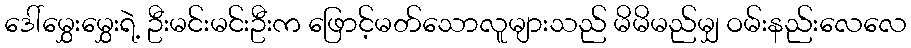
ဒေါ်မွှေးမွှေးရဲ့ ဦးမင်းမင်းဦးက ဖြောင့်မတ်သောလူများသည် မိမိမည်မျှ ဝမ်းနည်းလေလေ